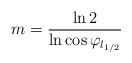
LaTeX: \begin{align*}m = \frac{\ln 2}{\ln\cos\varphi_{l_{1/2}}}\end{align*}